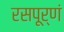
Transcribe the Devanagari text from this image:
रसपूर्णं